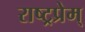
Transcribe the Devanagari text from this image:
राष्ट्रप्रेम्